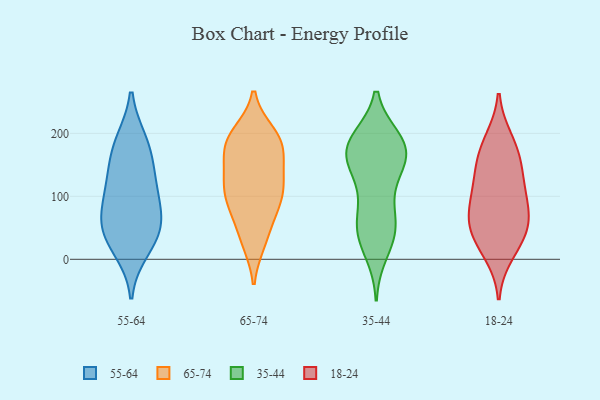
{"axis": {"x": "Gross Profit (USD K)", "y": "Value"}, "legend": ["18-24", "35-44", "55-64", "65-74"], "data": [{"x": "", "y": 93, "type": "55-64"}, {"x": "", "y": 35, "type": "55-64"}, {"x": "", "y": 130, "type": "55-64"}, {"x": "", "y": 106, "type": "55-64"}, {"x": "", "y": 184, "type": "55-64"}, {"x": "", "y": 65, "type": "55-64"}, {"x": "", "y": 150, "type": "55-64"}, {"x": "", "y": 43, "type": "55-64"}, {"x": "", "y": 187, "type": "55-64"}, {"x": "", "y": 59, "type": "55-64"}, {"x": "", "y": 16, "type": "55-64"}, {"x": "", "y": 158, "type": "65-74"}, {"x": "", "y": 90, "type": "65-74"}, {"x": "", "y": 128, "type": "65-74"}, {"x": "", "y": 88, "type": "65-74"}, {"x": "", "y": 113, "type": "65-74"}, {"x": "", "y": 176, "type": "65-74"}, {"x": "", "y": 160, "type": "65-74"}, {"x": "", "y": 53, "type": "65-74"}, {"x": "", "y": 200, "type": "65-74"}, {"x": "", "y": 27, "type": "65-74"}, {"x": "", "y": 187, "type": "65-74"}, {"x": "", "y": 27, "type": "65-74"}, {"x": "", "y": 117, "type": "65-74"}, {"x": "", "y": 77, "type": "65-74"}, {"x": "", "y": 125, "type": "65-74"}, {"x": "", "y": 103, "type": "65-74"}, {"x": "", "y": 197, "type": "65-74"}, {"x": "", "y": 176, "type": "65-74"}, {"x": "", "y": 197, "type": "65-74"}, {"x": "", "y": 103, "type": "35-44"}, {"x": "", "y": 165, "type": "35-44"}, {"x": "", "y": 160, "type": "35-44"}, {"x": "", "y": 189, "type": "35-44"}, {"x": "", "y": 185, "type": "35-44"}, {"x": "", "y": 53, "type": "35-44"}, {"x": "", "y": 190, "type": "35-44"}, {"x": "", "y": 69, "type": "35-44"}, {"x": "", "y": 161, "type": "35-44"}, {"x": "", "y": 38, "type": "35-44"}, {"x": "", "y": 156, "type": "35-44"}, {"x": "", "y": 37, "type": "35-44"}, {"x": "", "y": 127, "type": "35-44"}, {"x": "", "y": 168, "type": "35-44"}, {"x": "", "y": 188, "type": "35-44"}, {"x": "", "y": 56, "type": "35-44"}, {"x": "", "y": 11, "type": "35-44"}, {"x": "", "y": 188, "type": "18-24"}, {"x": "", "y": 114, "type": "18-24"}, {"x": "", "y": 137, "type": "18-24"}, {"x": "", "y": 39, "type": "18-24"}, {"x": "", "y": 175, "type": "18-24"}, {"x": "", "y": 62, "type": "18-24"}, {"x": "", "y": 61, "type": "18-24"}, {"x": "", "y": 153, "type": "18-24"}, {"x": "", "y": 97, "type": "18-24"}, {"x": "", "y": 11, "type": "18-24"}, {"x": "", "y": 80, "type": "18-24"}, {"x": "", "y": 35, "type": "18-24"}]}